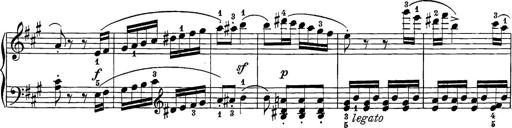
Title: 12 Sonatine per Pianoforte
Composer: Friedrich Kuhlau